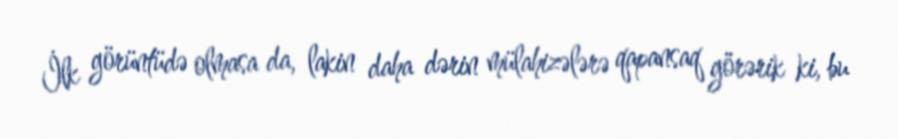
İlk görüntüdə olmasa da, lakin daha dərin mülahizələrə qapansaq görərik ki, bu